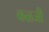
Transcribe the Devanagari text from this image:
कळजी